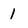
Character: 1